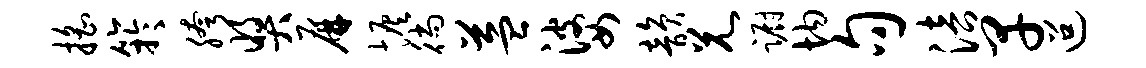
摇竽胯奖屏恢徜益婆韵兄蹰均句涪早迢